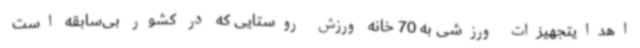
اهدایتجهیزات ورزشی به 70 خانه ورزش روستایی که در کشور بی‌سابقه است